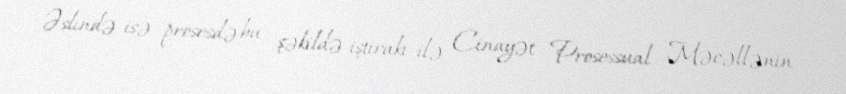
Əslində isə prosesdə bu şəkildə iştirakı ilə Cinayət Prosessual Məcəllənin